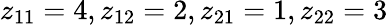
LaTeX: z_{11}=4,z_{12}=2,z_{21}=1,z_{22}=3